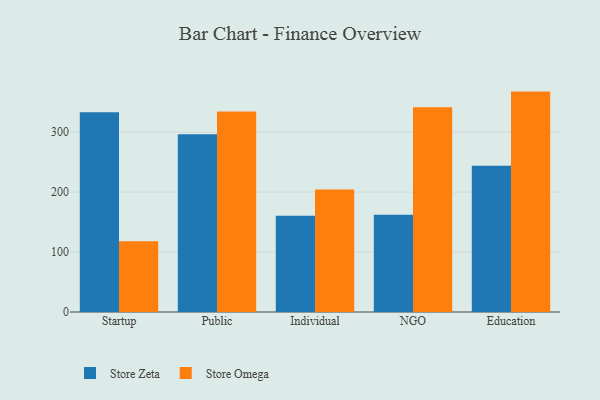
{"axis": {"x": "Segment", "y": "Demand Index"}, "legend": ["Store Omega", "Store Zeta"], "data": [{"x": "Startup", "y": 333.4, "type": "Store Zeta"}, {"x": "Startup", "y": 117.9, "type": "Store Omega"}, {"x": "Public", "y": 296.7, "type": "Store Zeta"}, {"x": "Public", "y": 334.5, "type": "Store Omega"}, {"x": "Individual", "y": 160.7, "type": "Store Zeta"}, {"x": "Individual", "y": 204.2, "type": "Store Omega"}, {"x": "NGO", "y": 162.4, "type": "Store Zeta"}, {"x": "NGO", "y": 341.5, "type": "Store Omega"}, {"x": "Education", "y": 244.0, "type": "Store Zeta"}, {"x": "Education", "y": 367.7, "type": "Store Omega"}]}